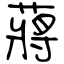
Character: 蔣